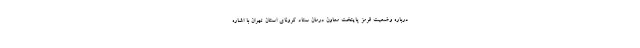
درباره وضعیت قرمز پایتخت معاون درمان ستاد کرونای استان تهران با اشاره